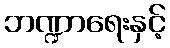
ဘဏ္ဍာရေးနှင့်